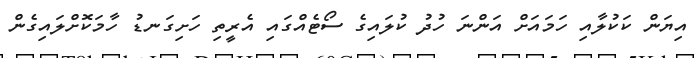
އިޔަން ކަކުލާއި ހަމައަށް އަންނަ ހުދު ކުލައިގެ ސޯޓެއްގައި އެރީތި ހަށިގަނޑު ހާމަކޮށްލައިގެން